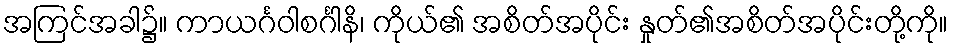
အကြင်အခါ၌။ ကာယင်္ဂဝါစင်္ဂါနိ၊ ကိုယ်၏ အစိတ်အပိုင်း နှုတ်၏အစိတ်အပိုင်းတို့ကို။